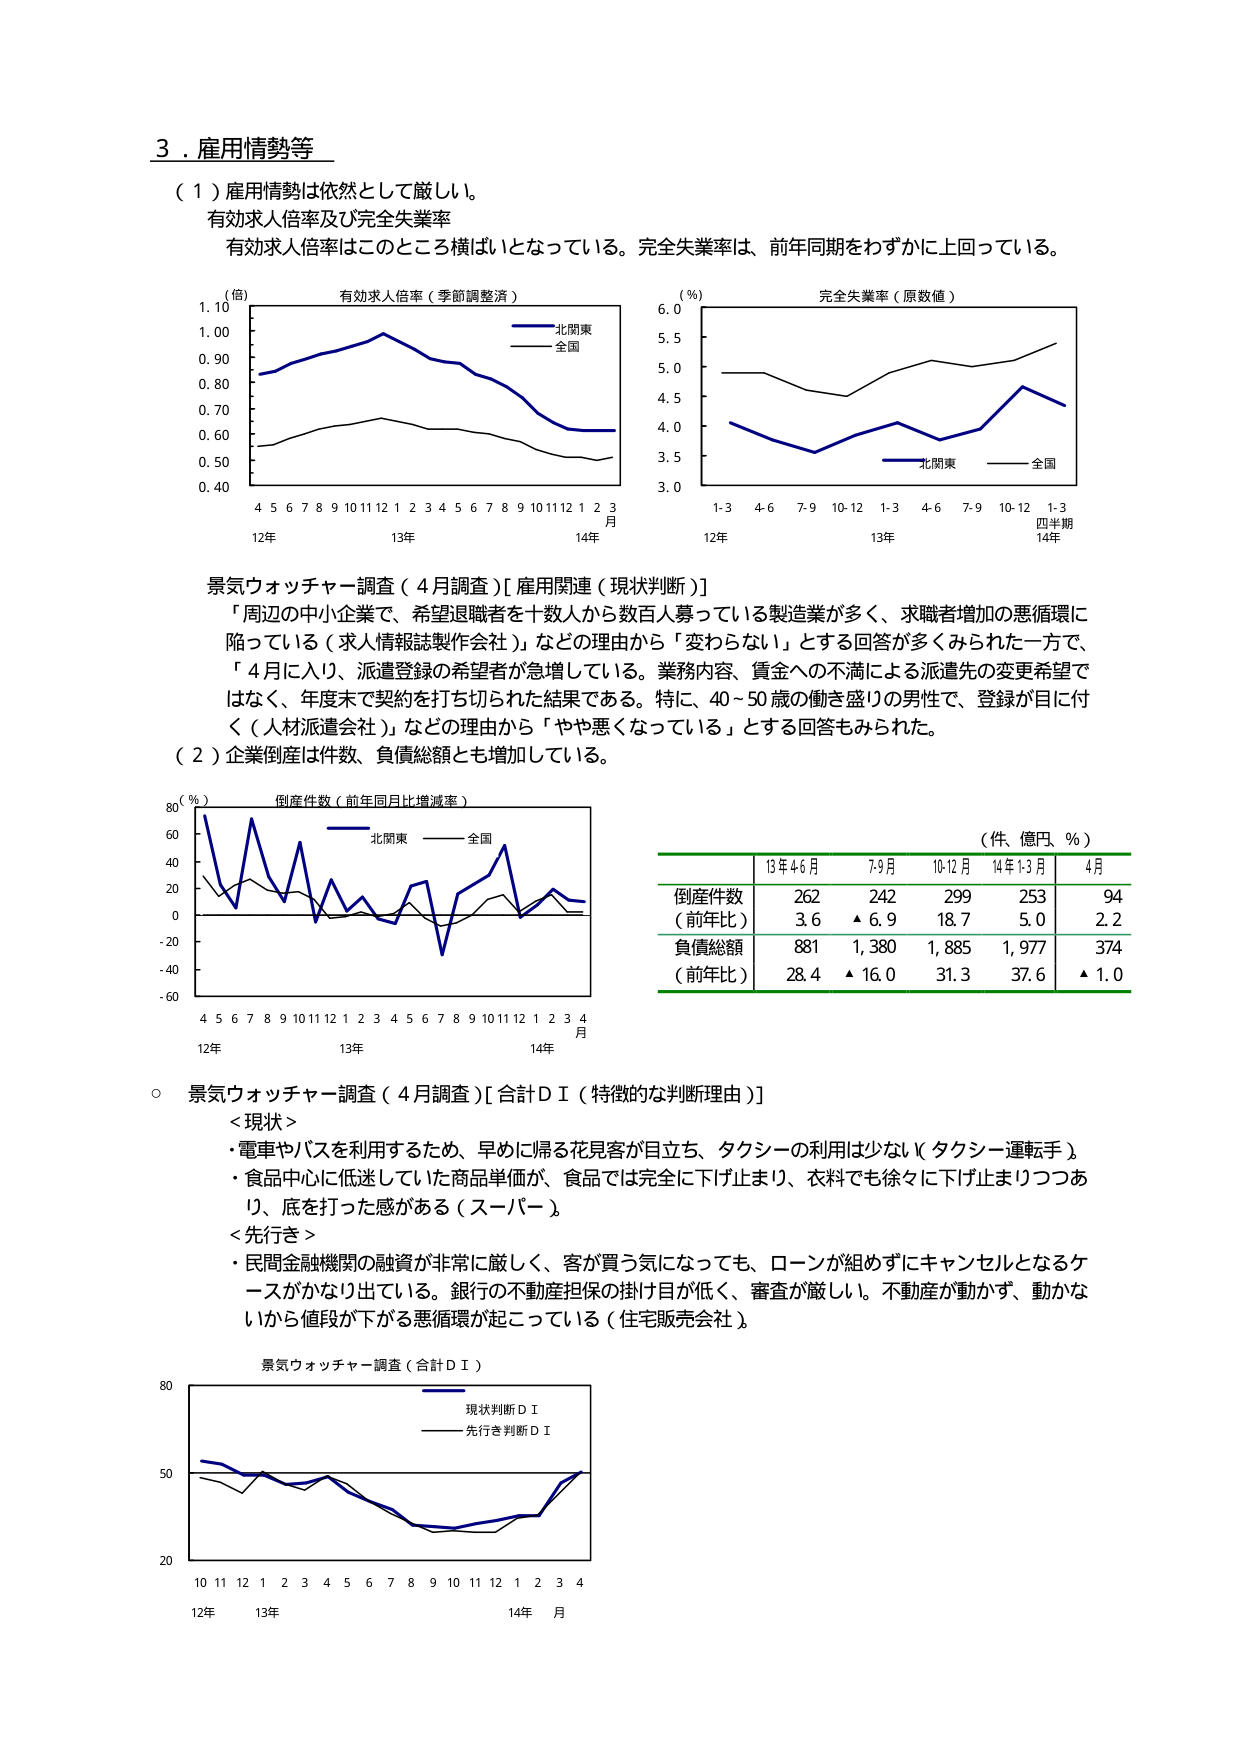
3．雇用情勢等

（1）雇用情勢は依然として厳しい。
有効求人倍率及び完全失業率
有効求人倍率はこのところ横ばいとなっている。完全失業率は、前年同期をわずかに上回っている。

（倍）
有効求人倍率（季節調整済）
北関東
全国
1.10
1.00
0.90
0.80
0.70
0.60
0.50
0.40
4 5 6 7 8 9 10 11 12 1 2 3 4 5 6 7 8 9 10 11 12 1 2 3
月
12年 13年 14年

（％）
完全失業率（原数値）
北関東
全国
6.0
5.5
5.0
4.5
4.0
3.5
3.0
1-3 4-6 7-9 10-12 1-3 4-6 7-9 10-12 1-3
四半期
12年 13年 14年

景気ウォッチャー調査（4月調査）[雇用関連（現状判断）]
「周辺の中小企業で、希望退職者を十数人から数百人募っている製造業が多く、求職者増加の悪循環に
陥っている（求人情報誌製作会社）」などの理由から「変わらない」とする回答が多くみられた一方で、
「4月に入り、派遣登録の希望者が急増している。業務内容、賃金への不満による派遣先の変更希望で
はなく、年度末で契約を打ち切られた結果である。特に、40～50歳の働き盛りの男性で、登録が目に付
く（人材派遣会社）」などの理由から「やや悪くなっている」とする回答もみられた。

（2）企業倒産は件数、負債総額とも増加している。

（％）
倒産件数（前年同月比増減率）
北関東
全国
80
60
40
20
0
-20
-40
-60
4 5 6 7 8 9 10 11 12 1 2 3 4 5 6 7 8 9 10 11 12 1 2 3 4
月
12年 13年 14年

（件、億円、％）
13年4-6月 7-9月 10-12月 14年1-3月 4月
倒産件数 262 242 299 253 94
（前年比） 3.6 ▲6.9 18.7 5.0 2.2
負債総額 881 1,380 1,885 1,977 374
（前年比） 28.4 ▲16.0 31.3 37.6 ▲1.0

○ 景気ウォッチャー調査（4月調査）[合計ＤＩ（特徴的な判断理由）]
＜現状＞
・電車やバスを利用するため、早めに帰る花見客が目立ち、タクシーの利用は少ない（タクシー運転手）。
・食品中心に低迷していた商品単価が、食品では完全に下げ止まり、衣料でも徐々に下げ止まりつつあ
り、底を打った感がある（スーパー）。
＜先行き＞
・民間金融機関の融資が非常に厳しく、客が買う気になっても、ローンが組めずにキャンセルとなるケ
ースがかなり出ている。銀行の不動産担保の掛け目が低く、審査が厳しい。不動産が動かず、動かな
いから値段が下がる悪循環が起こっている（住宅販売会社）。

景気ウォッチャー調査（合計ＤＩ）
現状判断ＤＩ
先行き判断ＤＩ
80
50
20
10 11 12 1 2 3 4 5 6 7 8 9 10 11 12 1 2 3 4
月
12年 13年 14年